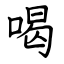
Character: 喝